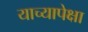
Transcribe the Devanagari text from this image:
याच्यापेक्षा